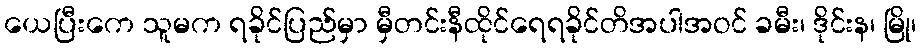
ယေပြီးကေ သူမက ရခိုင်ပြည်မှာ မှီတင်းနီထိုင်ရေရခိုင်တိအပါအဝင် ခမီး၊ ဒိုင်းန၊ မြို၊